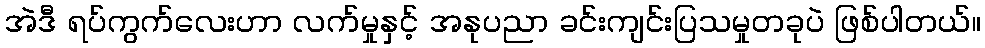
အဲဒီ ရပ်ကွက်လေးဟာ လက်မှုနှင့် အနုပညာ ခင်းကျင်းပြသမှုတခုပဲ ဖြစ်ပါတယ်။